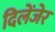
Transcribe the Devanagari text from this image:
दिलेंजेर